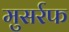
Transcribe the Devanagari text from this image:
मुसर्रफ